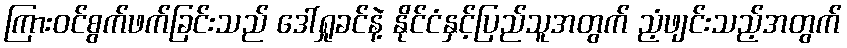
ကြားဝင်စွက်ဖက်ခြင်းသည် ဒေါ်ရှုခင်နဲ့ နိုင်ငံနှင့်ပြည်သူအတွက် ညံ့ဖျင်းသည့်အတွက်